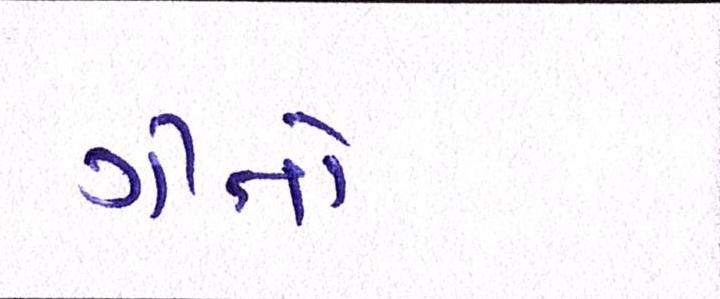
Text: ગીતો